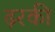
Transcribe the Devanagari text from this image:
ढ़रकी